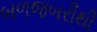
બળજબરીથી